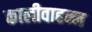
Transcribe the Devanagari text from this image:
कालीवाहन्न